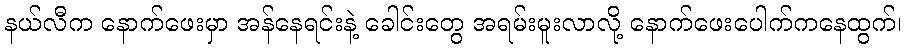
နယ်လီက နောက်ဖေးမှာ အန်နေရင်းနဲ့ ခေါင်းတွေ အရမ်းမူးလာလို့ နောက်ဖေးပေါက်ကနေထွက်၊